Vaccination in Bombay 1856-1862 - 1856-1862
Year: 1856
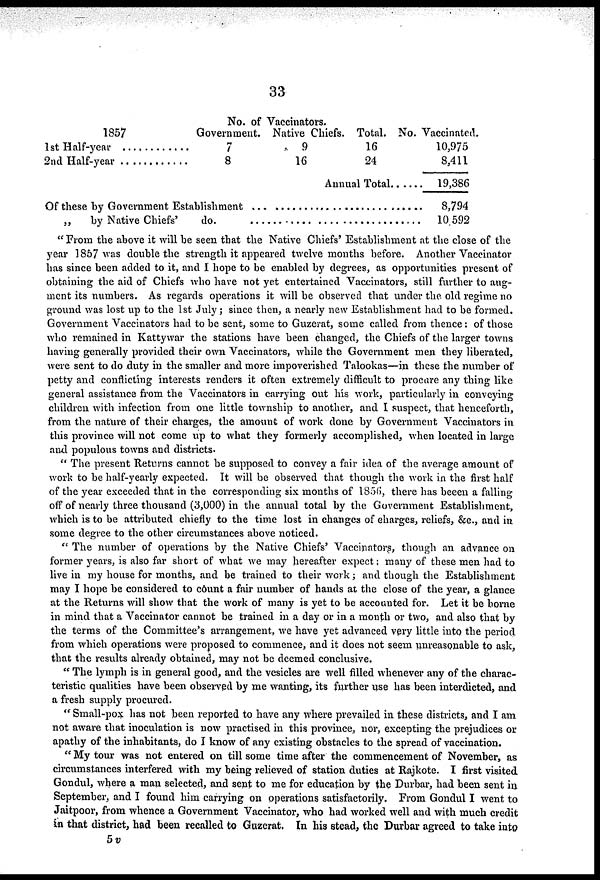
33
1857
1st Half-year ............
2nd Half-year .............
No. of Vaccinators.
Government.
7
8
Native Chiefs.
9
16
Total.
16
24
Annual Total......
Of these by Government Establishment ...............................
„ „ by Native Chiefs' do. ..............................
No. Vaccinated.
10,975
8,411
19,386
8,794
10,592
" From the above it will be seen that the Native Chiefs' Establishment at the close of the
year 1857 was double the strength it appeared twelve months before. Another Vaccinator
has since been added to it, and I hope to be enabled by degrees, as opportunities present of
obtaining the aid of Chiefs who have not yet entertained Vaccinators, still further to aug-
ment its numbers. As regards operations it will be observed that under the old regime no
ground was lost up to the 1st July; since then, a nearly new Establishment had to be formed.
Government Vaccinators had to be sent, some to Guzerat, some called from thence: of those
who remained in Kattywar the stations have been changed, the Chiefs of the larger towns
having generally provided their own Vaccinators, while the Government men they liberated,
were sent to do duty in the smaller and more impoverished Talookas—in these the number of
petty and conflicting interests renders it often extremely difficult to procure any thing like
general assistance from the Vaccinators in carrying out his work, particularly in conveying
children with infection from one little township to another, and I suspect, that henceforth,
from the nature of their charges, the amount of work done by Government Vaccinators in
this province will not come up to what they formerly accomplished, when located in large
and populous towns and districts.
" The present Returns cannot be supposed to convey a fair idea of the average amount of
work to be half-yearly expected. It will be observed that though the work in the first half
of the year exceeded that in the corresponding six months of 1856, there has beeen a falling
off of nearly three thousand (3,000) in the annual total by the Government Establishment,
which is to be attributed chiefly to the time lost in changes of charges, reliefs, &c., and in
some degree to the other circumstances above noticed.
" The number of operations by the Native Chiefs' Vaccinators, though an advance on
former years, is also far short of what we may hereafter expect: many of these men had to
live in my house for months, and be trained to their work; and though the Establishment
may I hope be considered to count a fair number of hands at the close of the year, a glance
at the Returns will show that the work of many is yet to be accounted for. Let it be borne
in mind that a Vaccinator cannot be trained in a day or in a month or two, and also that by
the terms of the Committee's arrangement, we have yet advanced very little into the period
from which operations were proposed to commence, and it does not seem unreasonable to ask,
that the results already obtained, may not be deemed conclusive.
" The lymph is in general good, and the vesicles are well filled whenever any of the charac-
teristic qualities have been observed by me wanting, its further use has been interdicted, and
a fresh supply procured.
" Small-pox has not been reported to have any where prevailed in these districts, and I am
not aware that inoculation is now practised in this province, nor, excepting the prejudices or
apathy of the inhabitants, do I know of any existing obstacles to the spread of vaccination.
" My tour was not entered on till some time after the commencement of November, as
circumstances interfered with my being relieved of station duties at Rajkote. I first visited
Gondul, where a man selected, and sent to me for education by the Durbar, had been sent in
September, and I found him carrying on operations satisfactorily. From Gondul I went to
Jaitpoor, from whence a Government Vaccinator, who had worked well and with much credit
in that district, had been recalled to Guzerat. In his stead, the Durbar agreed to take into
5v